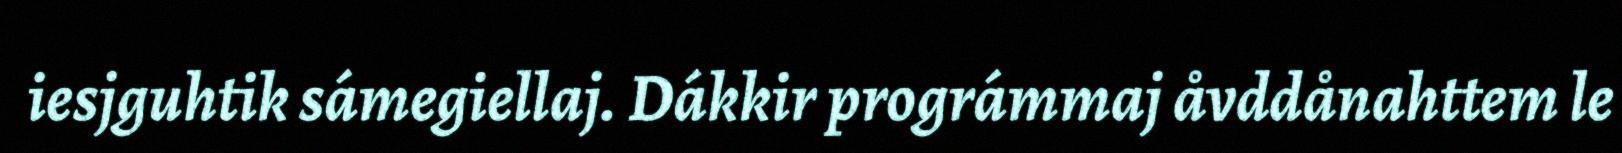
iesjguhtik sámegiellaj. Dákkir prográmmaj åvddånahttem le